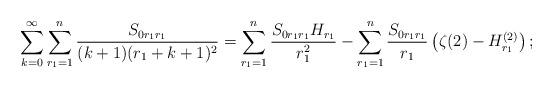
LaTeX: \begin{align*}\sum_{k=0}^{\infty}\sum_{r_1=1}^{n}\frac{S_{0r_1r_1}}{(k+1)(r_1+k+1)^2}=\sum_{r_1=1}^n\frac{S_{0r_1r_1}H_{r_1}}{r_1^2} -\sum_{r_1=1}^n\frac{S_{0r_1r_1}}{r_1}\left(\zeta(2)-H^{(2)}_{r_1}\right);\end{align*}